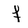
Character: f